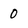
Character: 0